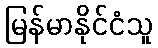
မြန်မာနိုင်ငံသူ